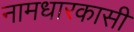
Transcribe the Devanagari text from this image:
नामधारकासी